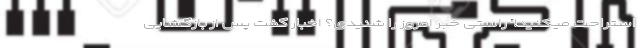
استراحت میکنید!” راستی خبر امروز را شنیدی؟ اخبار گفت پس از بازگشایی